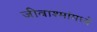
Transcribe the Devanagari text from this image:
जीवाश्मांमध्ये